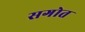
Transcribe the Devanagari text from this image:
सगोत